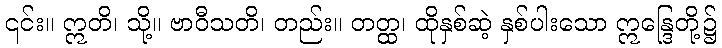
၎င်း။ ဣတိ၊ သို့။ ဗာဝီသတိ၊ တည်း။ တတ္ထ၊ ထိုနှစ်ဆဲ့ နှစ်ပါးသော ဣန္ဒြေတို့၌